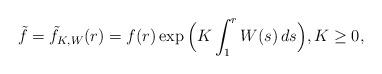
LaTeX: \begin{align*}\tilde{f} = \tilde{f}_{K,W}(r) = f(r) \exp\Big(K \int_1^r W(s)\, ds\Big), K\geq 0,\end{align*}